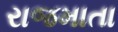
રાજમાતા